Medical and sanitary report of the native army of Bengal for the year
Year: 1876
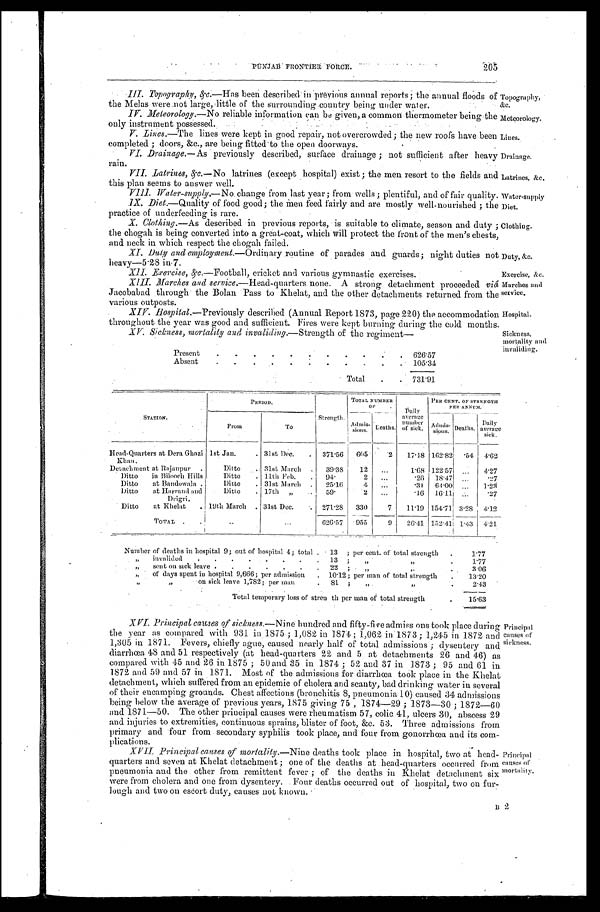
Topography,
&c.
Meteorology.
Lines.
Drainage.
Latrines. &c.
Water-suppl y
Diet.
Clothing.
Duty, &c.
Exercise, &c.
Marches and
service.
Hospital.
2 0 5
PUNJAB FRONTIER FORCE
.
• III .Topography, &c.—Has been described in previous annual reports; the annual floods of
the Melas were not large, little of the surrounding country being under water.
•
IV
. Meteorology.—No reliable information can be given, a common thermometer
being the
only instrument possessed.
V.Lines.—The lines were kept in good repair, not overcrowded; the new roofs have been
completed; doors, &c., are being fitted to the open doorways.
•
VI. Drainage.— As previously described, surface drainage; not sufficient after heavy
rain.
VII
. Latrines, &c.—No latrines (except hospital) exist ; the men resort to the fields and
this plan seems to answer well.
VIII. Water-supply.— No change from last year; from wells; plentiful, and of fair quality.
IX. Diet. —Quality of food good; the men feed fairly and are mostly well-nourished; the
practice of underfeeding is rare.
X. Clothing.— As described in previous reports, is suitable to climate, season and duty
;
the chogah is being converted into a great-coat, which will protect the front of the men's chests,
and neck in which respect the chogah failed.
XI.
Duty and employment.—Ordinary routine of parades and guards; night duties not
heavy-5.28 in 7.
XII. Exerci se,&c. —Football, cricket and various gymnastic exercises.
XIII. Marches and service.—Head-quarters none. A strong detachment proceeded viậ
Jacobabad through the Bolan Pass to Khelat, and the other detachments returned from the
various outposts.
XIV. Hospital.—Previously described (Annual Report 1873, page 220) the accommodation
t h r o u g h o u t t h e y e a r w a s g o o d a n d s u f f i c i e n t . F i r e s w e r e k e p t b u r n i n g d u r i n g t h e c o l d m o n t h s .
Sickness,
mortality and
invaliding.
XV. Sickness, mortality and invaliding.— Strength of the regiment—
Present
626.57
Absent
105.34
Total
731.91
STATION.
PERIOD.
Strength.
TOTAL NUMBER
OF
Daily
average
.
of sick..
PER CENT. OF STRENGTH
PER ANNUM.
From
_
To
Admis-
sions. Deaths.
Admis-
sions .
Deaths .
Daily average
sick.
Head-Quarters at Dera Ghazi
K h a n .
1st Jan.
31st Dec.
3 7 1 . 5 6
6 0 5
2
1 7 . 1 8
1 6 2 . 8 2
. 5 4
4 . 6 2
Detachment at Rajanpur
Ditto
31st March
3 9 . 3 8
1 2
. . .
1 . 6 8
1 2 2 . 5 7
. . .
4 . 2 7
Ditto
in Bileoch Hills
Ditto
11th Feb
9 4 .
2
. . .
. 2 6
1 8 . 4 7
. . .
. 2 7
Ditto at Bandowala
Ditto
31st March
2 5 . 1 6
4
. . .
. 3 1
6 4 . 0 0
. . .
1 . 2 3
Ditto
at Harrand and
Drigri.
Ditto
17th
„
5 9 .
2
. . .
. 1 6
1 6 . 1 1
. . .
. 2 7
Ditto at Khelat
19th March
31st Dec.
2 7 1 . 2 8
3 3 0
7
1 1 . 1 9
1 5 4 . 7 1
3 . 2 8
4 . 1 2
TOTAL
. . .
...
6 2 6 . 5 7
9 5 5
9
2 6 . 4 1
1 5 2 . 4 1
1 . 4 3
4 . 2 1
Number of deaths in hospital 9; out of hospital 4; total 13 ;
per cent. of total strength
1.77
,, invalided 13 ; ,, ,,
1.77
,, sent on sick leave 22 ; ,, ,,
3.06
of days spent in hospital 9,666; per admission
10.12 per man of total strength
13.20
,, ,, on siek leave 1,782; per man
81; ,, ,,
2.43
Total temporary loss of strew th per man of total strength
15.63
XVI. Principal causes of sickness.— Nine hundred and fifty-five admiss ons took place during
the year as compared with 931 in 1875; 1,082 in 1874; 1,062 in . 1873; 1,245 in 1872 and
1,305 in 1871. Fevers, chiefly ague, caused nearly half of total admissions; dysentery and
diarrhœa 48 and 51 respectively (at head-quarters 22 and 5 at detachments 26 and 46) as
compared with 45 and 26 in 1875; 50 and 35 in 1874; 52 and 37 in 1873; 95 and 61 in
1872 and 59 and 57 in 1871. Most of the admissions for diarrhœa took place in the Khelat
detachment, which suffered from an epidemic of cholera and scanty, bad drinking water in several
of their encamping grounds. Chest affections (bronchitis 8, pneumonia 10) caused 34 admissions
being below the average of previous years, 1875 giving 75, 1874-29; 1873-30; 1872-60
and 1871-50. The other principal causes were rheumatism 57, colic 41, ulcers 30, abscess 29
and. injuries to extremities, continuous sprains, blister of foot, &c. 53. Three admissions from
primary and four from secondary syphilis took place, and four from gonorrhœa and its com-
plications.
XVII. Principal canses of mortality.— Nine deaths took place in hospital, two at head-
quarters and seven at Khelat detachment; one of the deaths at head-quarters occurred from
pneumonia and the other from remittent fever; of the deaths in Khelat detachment six
were from cholera and one from dysentery. Four deaths occurred out of hospital, two on fur-
lough and two on escort duty, causes not known.
B 2
Principal
causes of
sickness.
Principal
causes of
mortality.